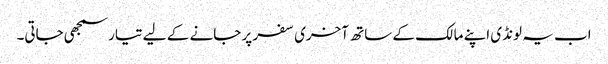
اب یہ لونڈی اپنے مالک کے ساتھ آخری سفر پر جانے کے لیے تیار سمجھی جاتی۔